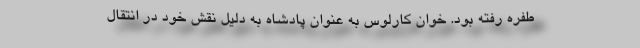
طفره رفته بود. خوان کارلوس به عنوان پادشاه به دلیل نقش خود در انتقال